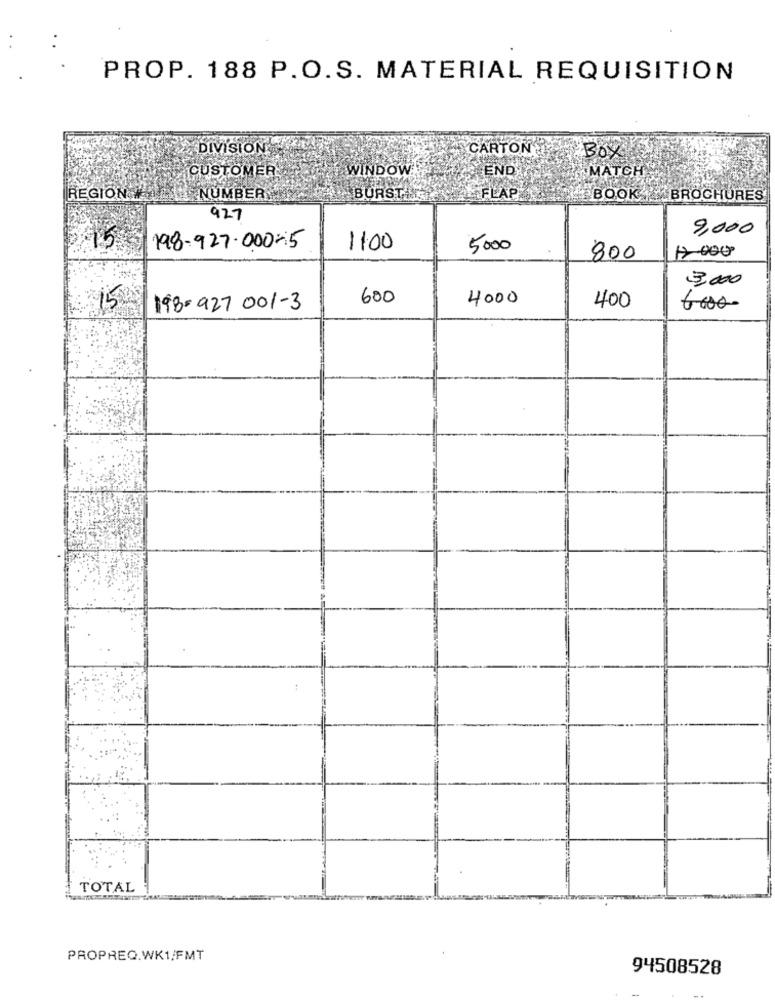
PROP. 188 P.O.S. MATERIAL REQUISITION
DIVISION
CARTON
Box
CUSTOMER
WINDOW
END
MATCH
REGION #
H NUMBER:
BURST.
FLAP
BOOK BROCHURES
927
9,000
198-927.000- 5
1100
5000
12 000
800
3.000
600
4000
15
198-927 001-3
400
6000-
TOTAL
PROPREQ.WK1/FMT
94508528